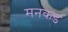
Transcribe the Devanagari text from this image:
मनकड